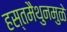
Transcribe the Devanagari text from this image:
हस्तमैथुनमुळे